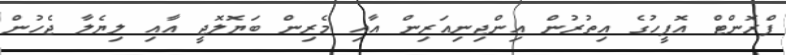
ފްރޮންޓް އޮފީހުގެ އިތުރުން އިންޖިނިއަރިން އާއި މެރިން ބަޔޮލޮޖީ އާއި ލިޔެލާ ޖެހުން